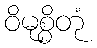
ဝိမုစ္စိတုံ